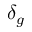
\delta _ { g }